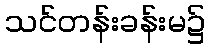
သင်တန်းခန်းမ၌